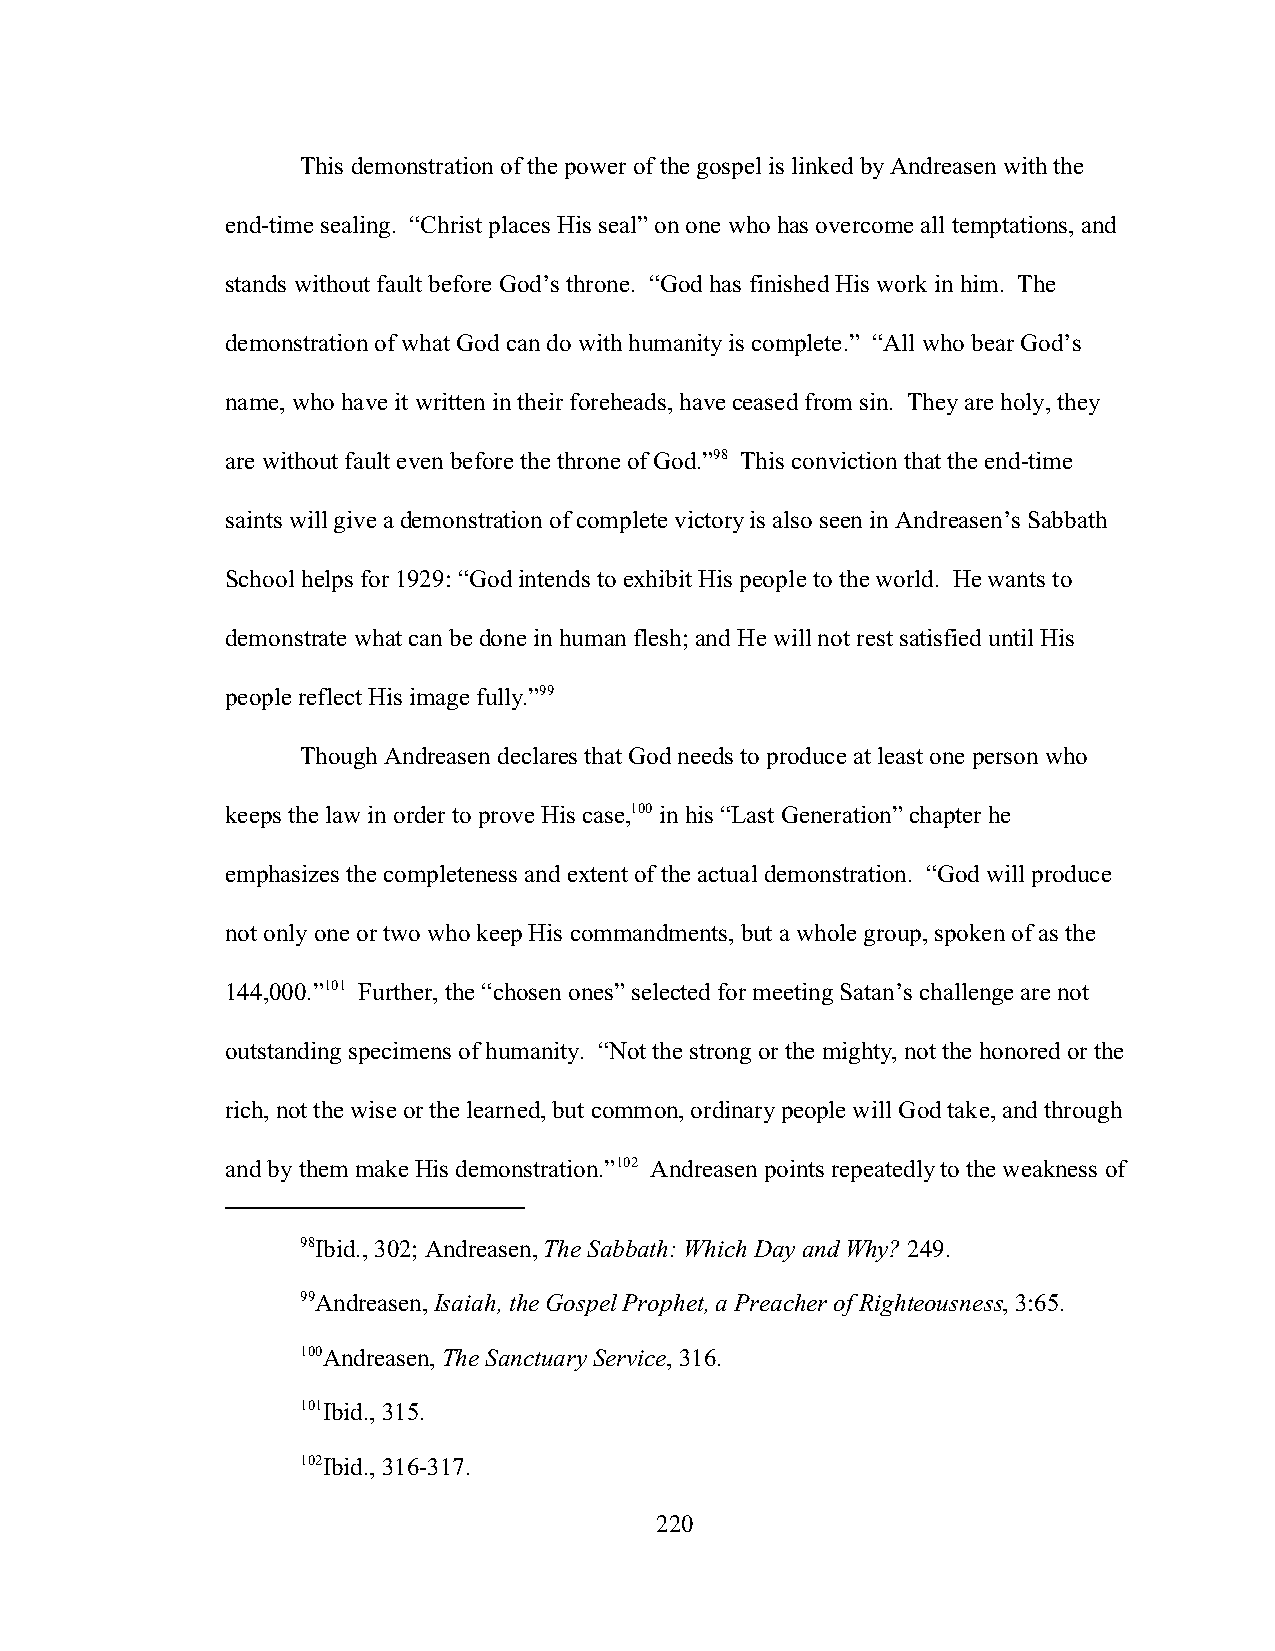
This demonstration of the power of the gospel is linked by Andreasen with the
 end-time sealing. “Christ places His seal” on one who has overcome all temptations, and
 stands without fault before God’s throne. “God has finished His work in him. The
 demonstration of what God can do with humanity is complete.” “All who bear God’s
 name, who have it written in their foreheads, have ceased from sin. They are holy, they
 are without fault even before the throne of God.”98 This conviction that the end-time
 saints will give a demonstration of complete victory is also seen in Andreasen’s Sabbath
 School helps for 1929: “God intends to exhibit His people to the world. He wants to
 demonstrate what can be done in human flesh; and He will not rest satisfied until His
 people reflect His image fully.”99
 Though Andreasen declares that God needs to produce at least one person who
 keeps the law in order to prove His case,100 in his “Last Generation” chapter he
 emphasizes the completeness and extent of the actual demonstration. “God will produce
 not only one or two who keep His commandments, but a whole group, spoken of as the
 144,000.”101 Further, the “chosen ones” selected for meeting Satan’s challenge are not
 outstanding specimens of humanity. “Not the strong or the mighty, not the honored or the
 rich, not the wise or the learned, but common, ordinary people will God take, and through
 and by them make His demonstration.”102 Andreasen points repeatedly to the weakness of
 98Ibid., 302; Andreasen, The Sabbath: Which Day and Why? 249.
 99Andreasen, Isaiah, the Gospel Prophet, a Preacher of Righteousness, 3:65.
 100Andreasen, The Sanctuary Service, 316.
 101Ibid., 315.
 102Ibid., 316-317.
 220